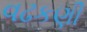
વઢકણી